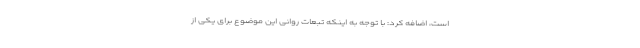
است، اضافه کرد: با توجه به اینکه تبعات روانی این موضوع برای یکی از